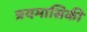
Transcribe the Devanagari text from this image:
त्रयमासिकी